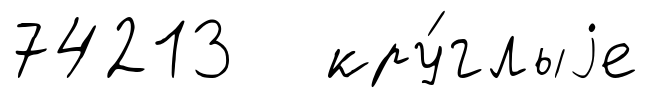
74213 кру́глыjе